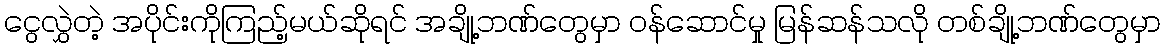
ငွေလွှဲတဲ့ အပိုင်းကိုကြည့်မယ်ဆိုရင် အချို့ဘဏ်တွေမှာ ဝန်ဆောင်မှု မြန်ဆန်သလို တစ်ချို့ဘဏ်တွေမှာ